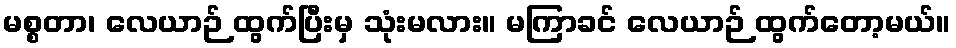
မစ္စတာ၊ လေယာဉ် ထွက်ပြီးမှ သုံးမလား။ မကြာခင် လေယာဉ် ထွက်တော့မယ်။